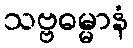
သဗ္ဗဓမ္မာနံ